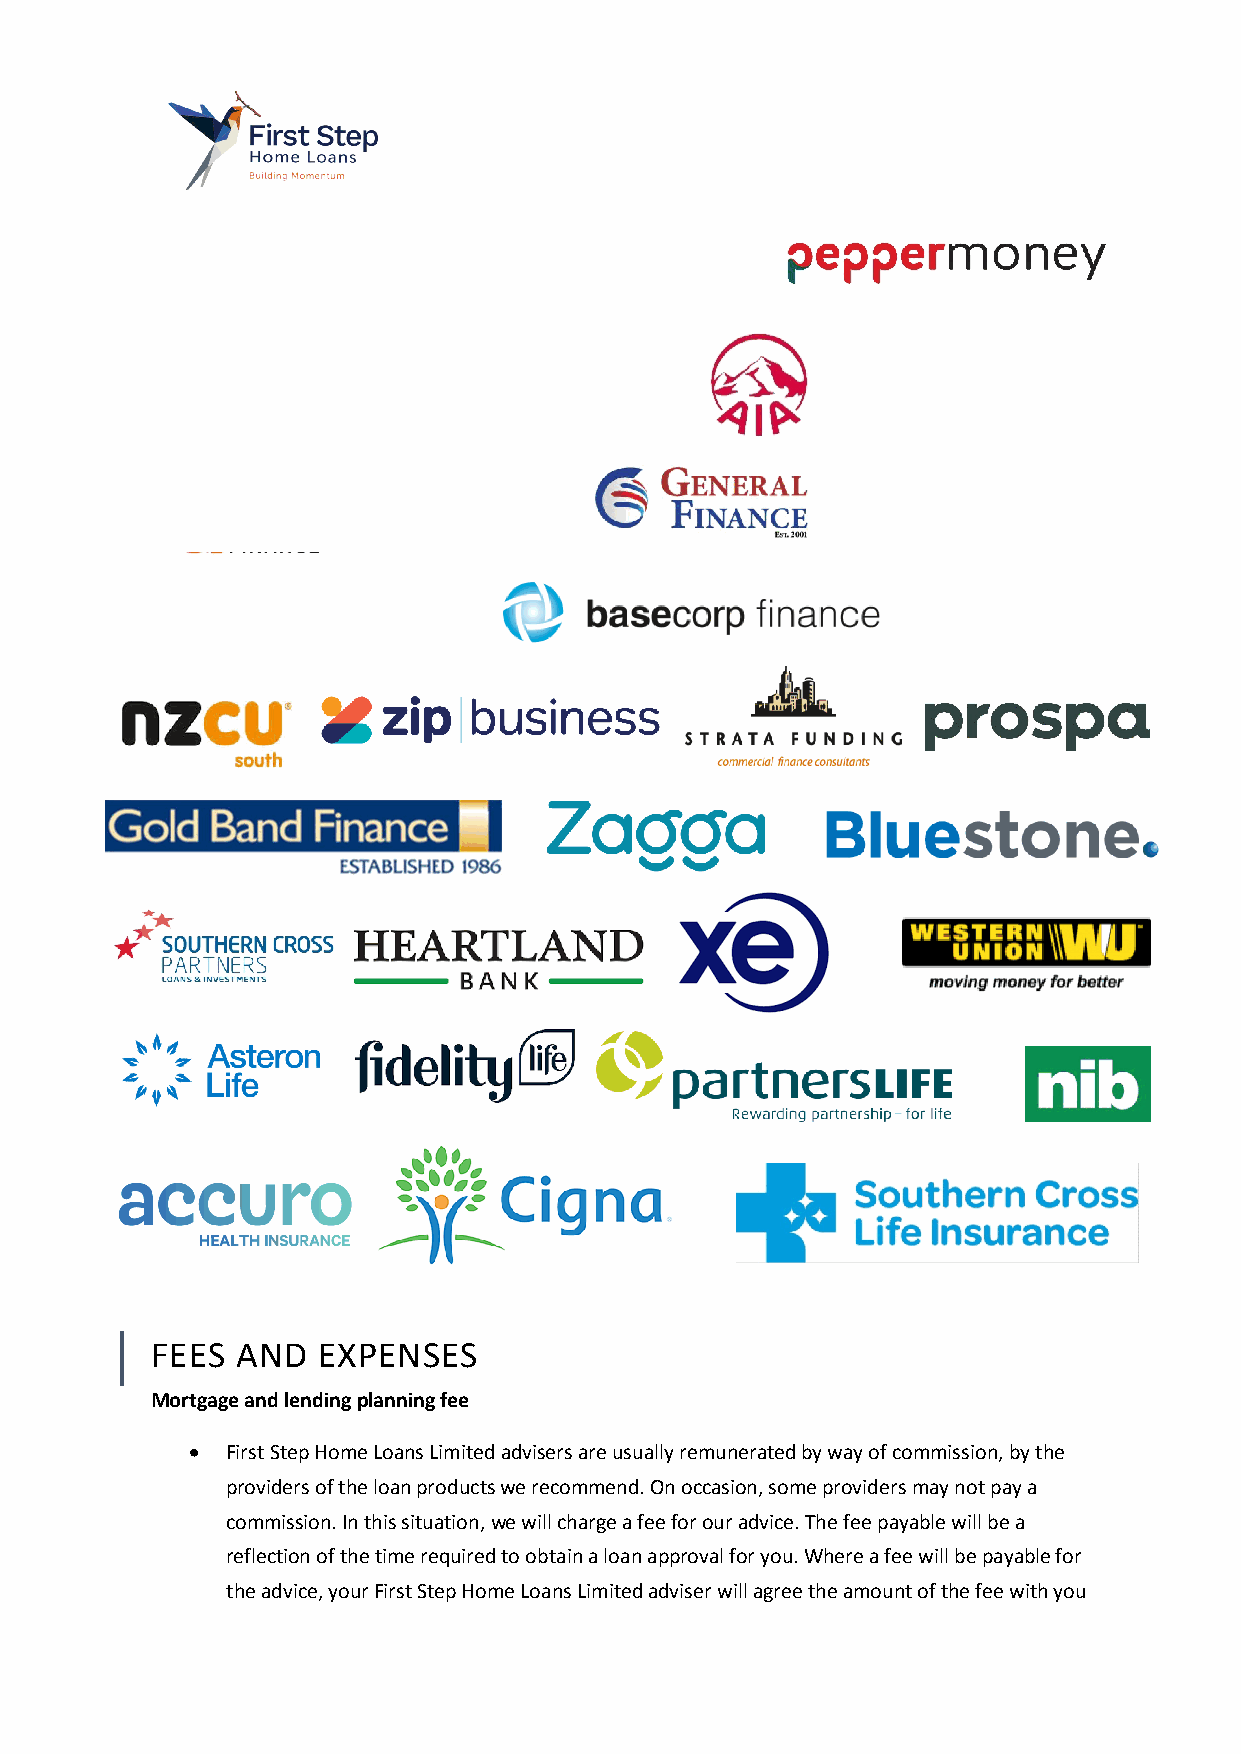
FEES  AND  EXPENSES
 Mortgage and lending planning fee
 •  First Step Home Loans Limited advisers are usually remunerated by way of commission, by the
 providers of the loan products we recommend. On occasion, some providers may not pay a
 commission. In this situation, we will charge a fee for our advice. The fee payable will be a
 reflection of the time required to obtain a loan approval for you. Where a fee will be payable for
 the advice, your First Step Home Loans Limited adviser will agree the amount of the fee with you